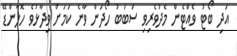
އަދި ބޯޓު ވެއްޓެން މެދުވެރިވި ސަބަބު ހޯދަން ވާނެ ކަމަށް ވިދާޅުވެ ހޮލާންޑޭ